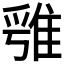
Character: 𨿁